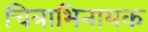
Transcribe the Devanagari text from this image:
चित्राभिनायक